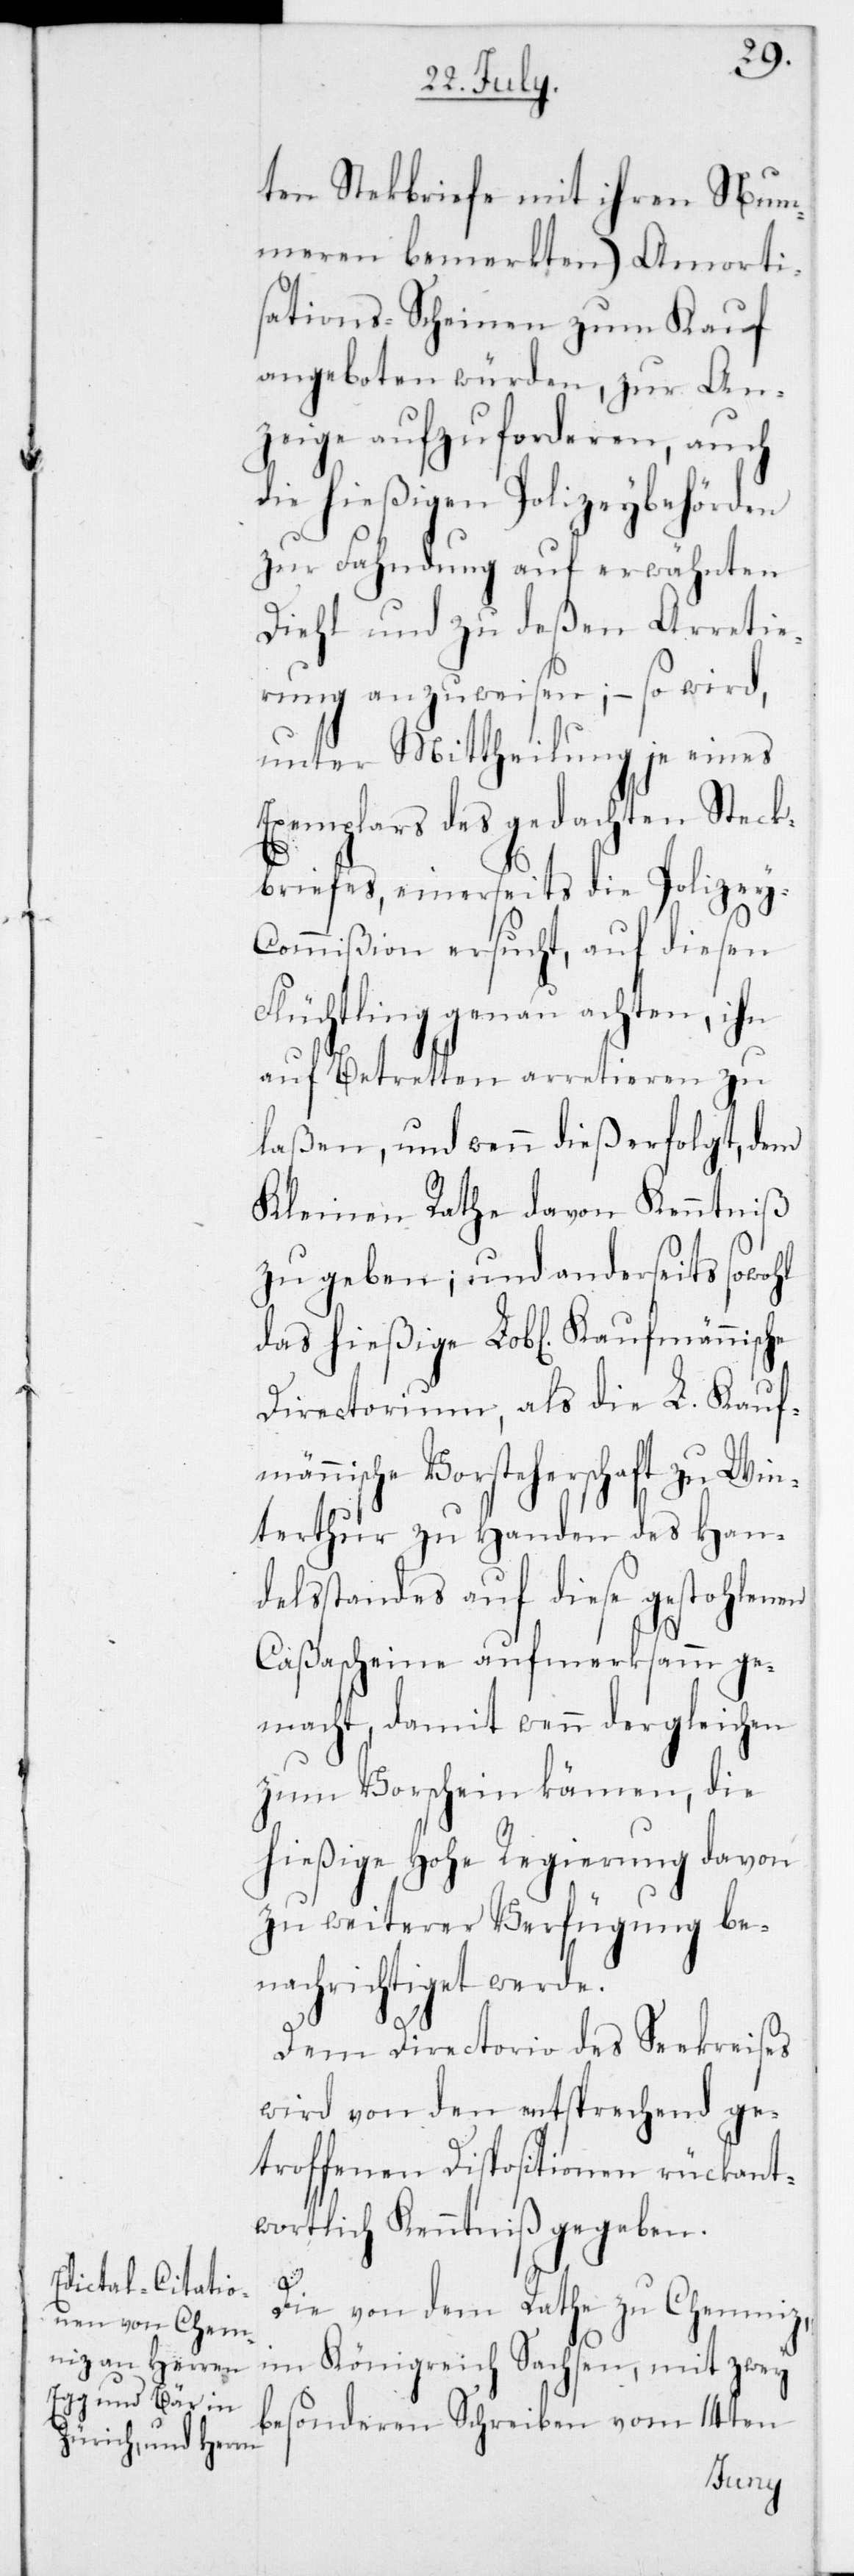
ten Stekbriefe mit ihren Num¬
meren bemerkten) Amorti¬
sations-Scheinen zum Kauf
angeboten würden, zur An¬
zeige aufzuforderen, auch
die hießigen Polizeybehörden
zur Fahndung auf erwähnten
Diehl und zu deßen Arretie¬
rung anzuweisen; – so wird,
unter Mittheilung je eines
Exemplars des gedachten Steck¬
briefes, einerseits die Polizey-C¬
ommißion ersucht, auf diesen
Flüchtling genau achten, ihn
auf Betretten arretieren zu
laßen, und wenn dieß erfolgt, dem
Kleinen Rathe davon Kenntniß
zu geben, und anderseits sowohl
das hießige Lob[liche] Kaufmännische
Directorium, als die L. Kauf¬
männische Vorsteherschaft zu Win¬
terthur zu Handen des Han¬
delsstandes auf diese gestohlenen
Caßascheine aufmerksamm ge¬
macht, damit wenn dergleichen
zum Vorschein kämen, die
hießige Hohe Regierung davon
zu weiterer Verfügung be¬
nachrichtiget werde.
Dem Diectorio des Seekreises
wird von den entsprechend ge¬
troffenen Dispositionen rückant¬
wortlich Kenntniß gegeben.
Die von dem Rathe zu Chemniz,
im Königreich Sachsen, mit zwey
besonderen Schreiben vom 14ten